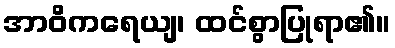
အာဝိကရေယျ၊ ထင်စွာပြုရာ၏။